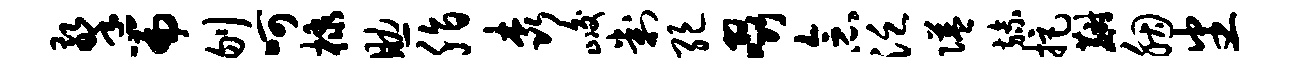
擎篇刎呵棣助脂森峻判绝啜念泛隘旒拒麝胭番